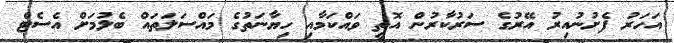
އަހަރު ފެށުނުއިރު އޭރުގެ ސަރުކާރުން އޮތީ ވައްކަމާއި ހިޔާނަތުގެ މައްސަލަތައް ބެލުމަށް އެސެޓް